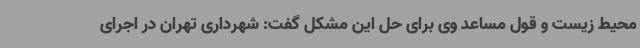
محیط زیست و قول مساعد وی برای حل این مشکل گفت: شهرداری تهران در اجرای